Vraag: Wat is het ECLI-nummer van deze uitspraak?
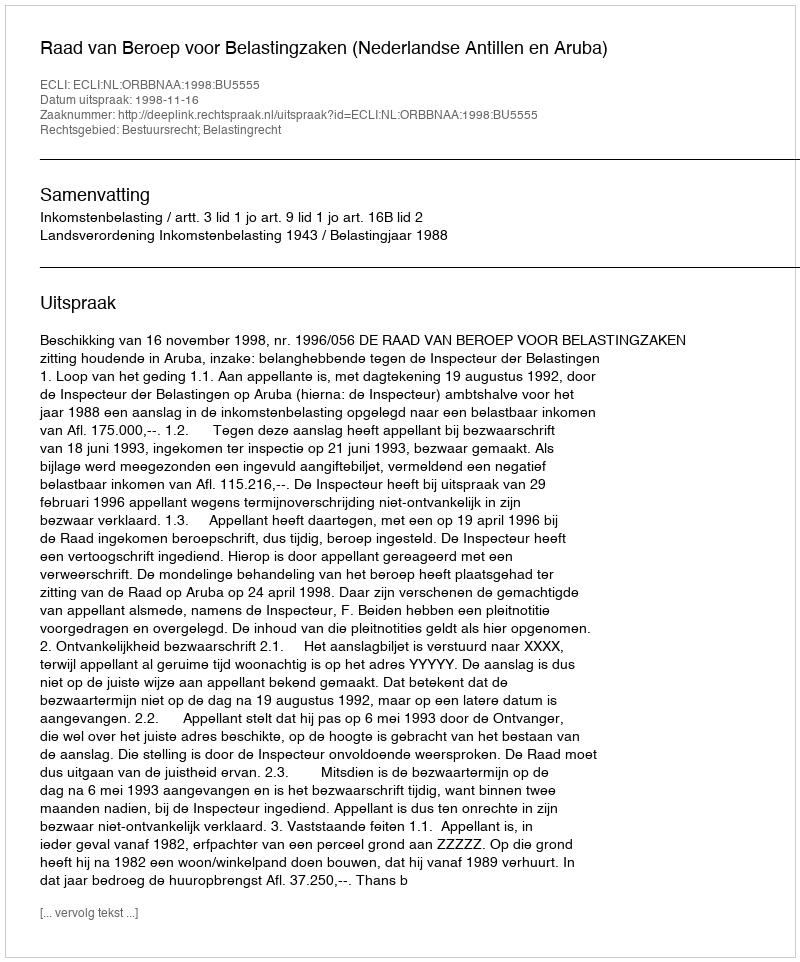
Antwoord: ECLI:NL:ORBBNAA:1998:BU5555